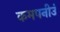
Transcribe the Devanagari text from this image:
कमपनीउं